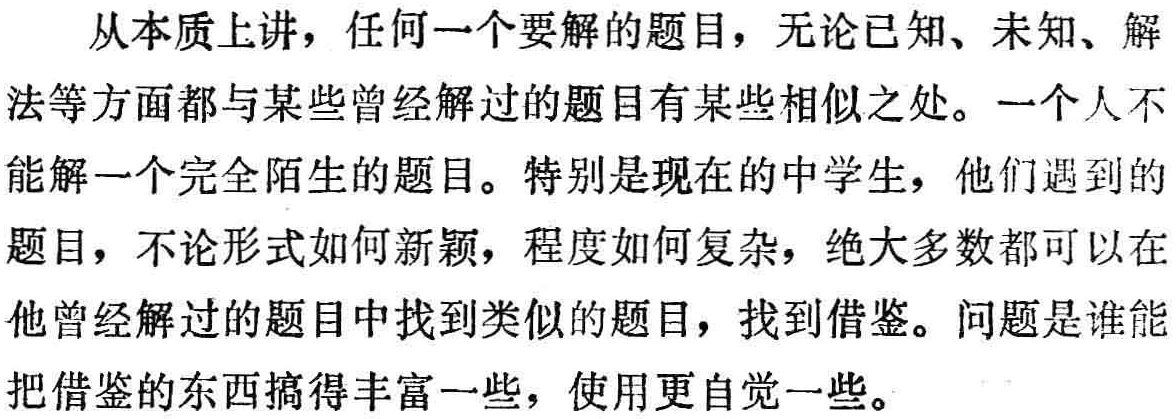
从本质上讲，任何一个要解的题目，无论已知、未知、解法等方面都与某些曾经解过的题目有某些相似之处。一个人不能解一个完全陌生的题目。特别是现在的中学生，他们遇到的题目，不论形式如何新颖，程度如何复杂，绝大多数都可以在他曾经解过的题目中找到类似的题目，找到借鉴。问题是谁能把借鉴的东西搞得丰富一些，使用更自觉一些。